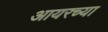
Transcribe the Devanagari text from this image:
आयरच्या